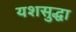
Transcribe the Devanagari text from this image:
यशसुद्धा